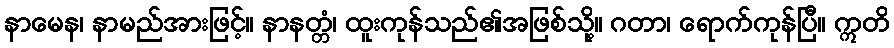
နာမေန၊ နာမည်အားဖြင့်။ နာနတ္တံ၊ ထူးကုန်သည်၏အဖြစ်သို့။ ဂတာ၊ ရောက်ကုန်ပြီ။ ဣတိ